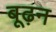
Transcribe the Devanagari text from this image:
बूढ़न